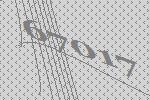
67017